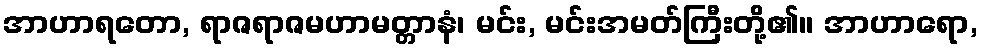
အာဟာရတော, ရာဇရာဇမဟာမတ္တာနံ၊ မင်း, မင်းအမတ်ကြီးတို့၏။ အာဟာရော,